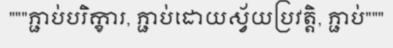
"""ភ្ជាប់បរិក្ខារ, ភ្ជាប់ដោយស្វ័យប្រវត្តិ, ភ្ជាប់"""